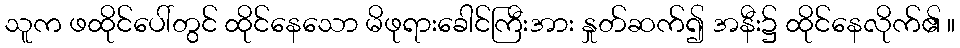
သူက ဖထိုင်ပေါ်တွင် ထိုင်နေသော မိဖုရားခေါင်ကြီးအား နှုတ်ဆက်၍ အနီး၌ ထိုင်နေလိုက်၏ ။